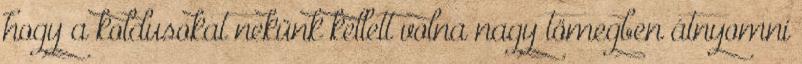
hogy a koldusokat nekünk kellett volna nagy tömegben átnyomni